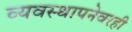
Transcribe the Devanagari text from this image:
व्यवस्थापनेवरही